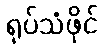
ရုပ်သံဖိုင်